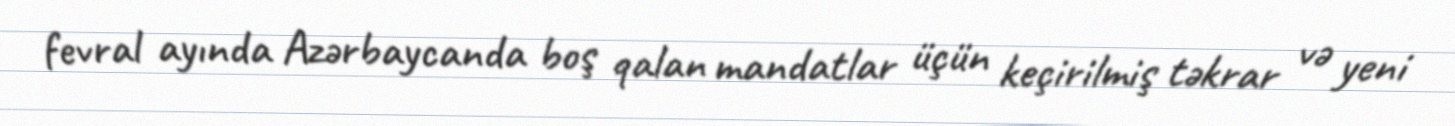
fevral ayında Azərbaycanda boş qalan mandatlar üçün keçirilmiş təkrar və yeni